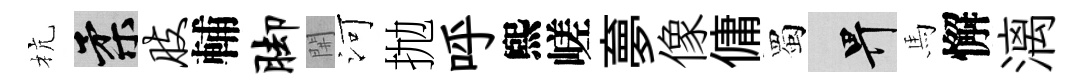
杭柔肢輔脚𨳩河抛呼煕嵯夣像傭蜀畀馬懈漓